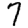
Digit: 7